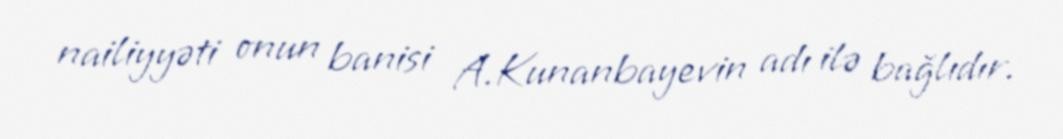
nailiyyəti onun banisi A.Kunanbayevin adı ilə bağlıdır.